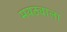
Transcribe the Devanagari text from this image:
मयठ्याला